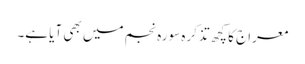
معراج کا کچھ تذکرہ سورہ نجم میں بھی آیا ہے۔